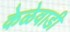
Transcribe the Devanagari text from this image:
केळेवाडी